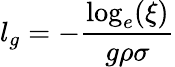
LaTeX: l_{g}=-\frac{\log_{e}(\xi)}{g\rho\sigma}